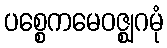
ပစ္စေကမေဝဇ္ဈဂမုံ